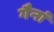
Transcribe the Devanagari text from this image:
गैनां